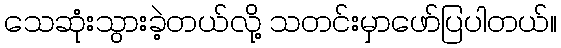
သေဆုံးသွားခဲ့တယ်လို့ သတင်းမှာဖော်ပြပါတယ်။